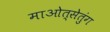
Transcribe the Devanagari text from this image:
माओत्सेतुंग